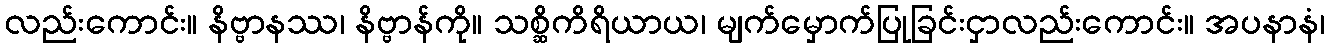
လည်းကောင်း။ နိဗ္ဗာနဿ၊ နိဗ္ဗာန်ကို။ သစ္ဆိကိရိယာယ၊ မျက်မှောက်ပြုခြင်းငှာလည်းကောင်း။ အပနာနံ၊